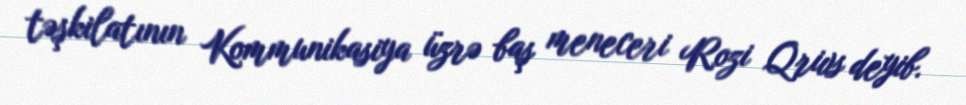
təşkilatının Kommunikasiya üzrə baş meneceri Rozi Qrivs deyib.